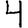
Digit: 4